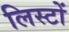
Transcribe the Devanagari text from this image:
लिस्टों